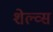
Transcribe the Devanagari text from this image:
शेल्व्स